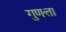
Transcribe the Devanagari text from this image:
गुणत्ता